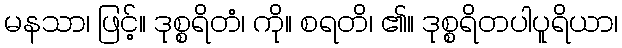
မနသာ၊ ဖြင့်။ ဒုစ္စရိတံ၊ ကို။ စရတိ၊ ၏။ ဒုစ္စရိတပါပူရိယာ၊